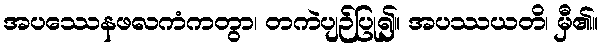
အပဿေနဖလကံကတွာ၊ တကဲပျဉ်ပြု၍။ အပဿယတိ၊ မှီ၏။